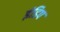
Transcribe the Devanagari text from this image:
इंडिप